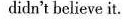
didn't believe it.